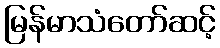
မြန်မာသံတော်ဆင့်